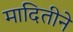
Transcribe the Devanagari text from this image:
मादितीने